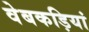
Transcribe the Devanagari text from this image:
वेबकड़ियां